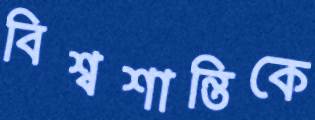
বিশ্বশান্তিকে